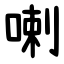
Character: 喇